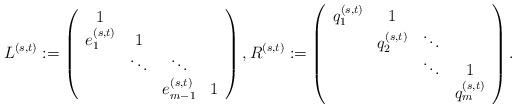
LaTeX: \begin{align*}L^{(s,t)}:=\left(\begin{array}{cccc}1&\\e_1^{(s,t)}&1&\\&\ddots&\ddots&\\&&e_{m-1}^{(s,t)}&1\end{array}\right),R^{(s,t)}:=\left(\begin{array}{cccc}q_1^{(s,t)}&1\\&q_2^{(s,t)}&\ddots\\&&\ddots&1\\&&&q_m^{(s,t)}\end{array}\right).\end{align*}